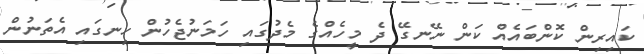
ކައިރިން ކޮންބައެއް ކަން ނޭނގޭ ދެ މީހެއްގެ މެދުގައި ހަމަނުޖެހުން ހިނގައި އެތަނުން